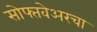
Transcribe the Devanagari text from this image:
सोफ्तवेअरचा